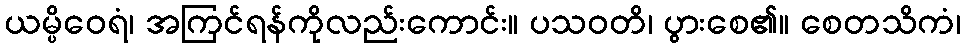
ယမ္ပိဝေရံ၊ အကြင်ရန်ကိုလည်းကောင်း။ ပသဝတိ၊ ပွားစေ၏။ စေတသိကံ၊